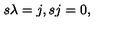
s \lambda = j , s j = 0 ,